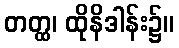
တတ္ထ၊ ထိုနိဒါန်း၌။